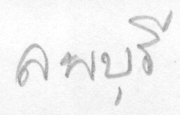
ลพบุรี